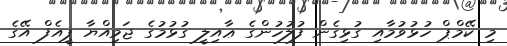
މި ކޭމްޕް ހުޅުވުމާއި ގުޅިގެން ފުލުހުންގެ ޢާއިލީ ގުޅުމުގެ ޖަމިއްޔާ ޕީއެފް އޭގެ